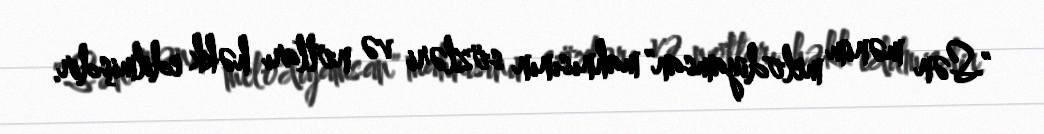
"Sən mənim melodiyamsan" mahnısının sözləri və notları həkk edilmişdir.